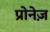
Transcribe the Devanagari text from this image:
प्रोनेज़